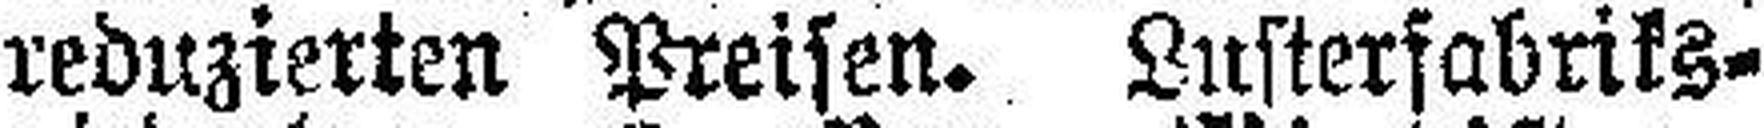
reduzierten Preisen. Lusterfabriks¬